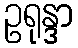
ဥရုန္ဒာ